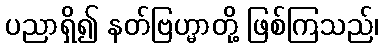
ပညာရှိ၍ နတ်ဗြဟ္မာတို့ ဖြစ်ကြသည်၊